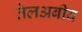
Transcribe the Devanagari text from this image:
तेलअबीव